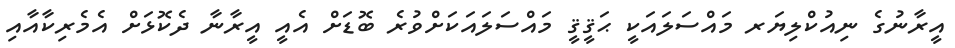
އީރާނުގެ ނިއުކްލިޔަރ މައްސަލައަކީ ޙަޤީޤީ މައްސަލައަކަށްވުރެ ބޮޑަށް އެއީ އީރާނާ ދެކޮޅަށް އެމެރިކާއާއި